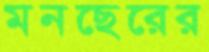
মনছেরের